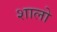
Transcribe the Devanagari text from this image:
शालो